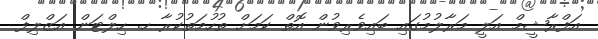
އަފްރާޝީމް އަލީ މަރާލުމުގައި ބައިވެރިވުން އޮތް ކަމަށް ތުހުމަތުކުރާ ހ. ހިލްޓަން އަޒްލިފް